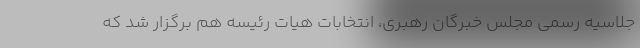
جلاسیه رسمی مجلس خبرگان رهبری، انتخابات هیات رئیسه هم برگزار شد که